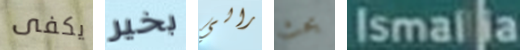
يكفى بخير رالي يحث Ismalia